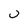
Character: U